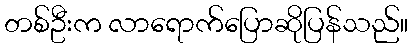
တစ်ဦးက လာရောက်ပြောဆိုပြန်သည်။